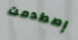
إصطدمت